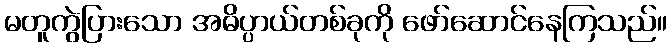
မတူကွဲပြားသော အဓိပ္ပာယ်တစ်ခုကို ဖော်ဆောင်နေကြသည်။